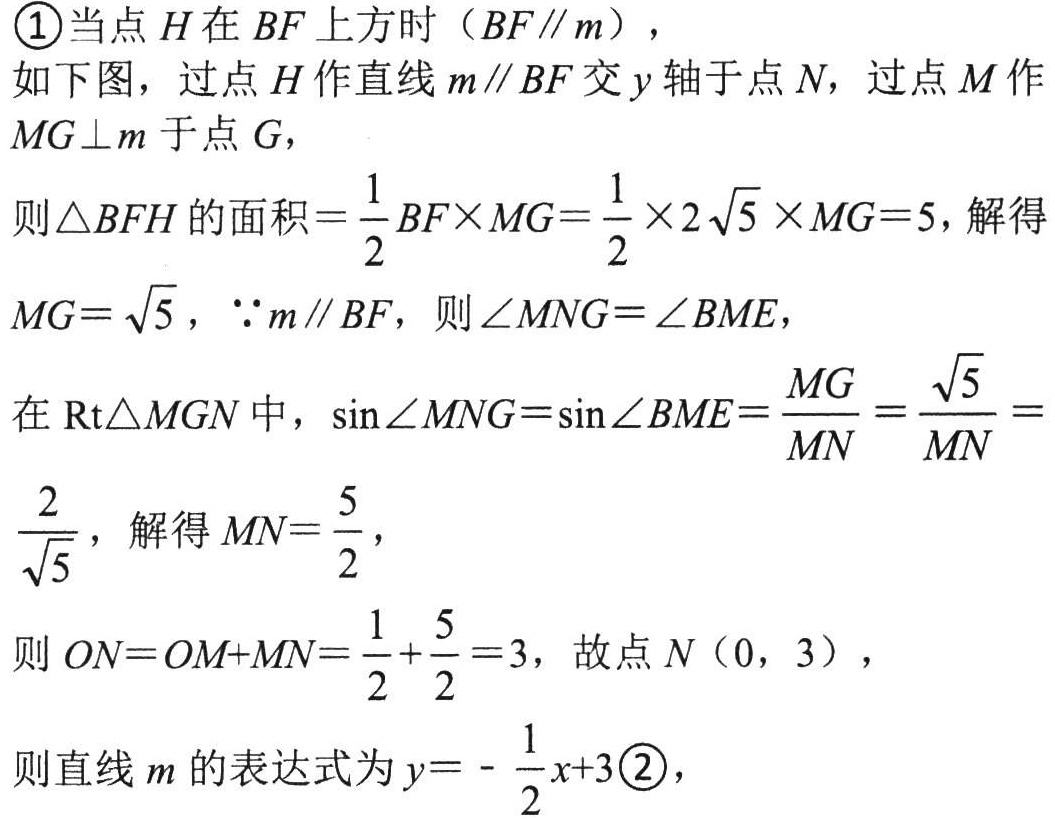
\textcircled{1}当点\(H\)在\(BF\)上方时（\(BF\parallel m\)），

如下图，过点\(H\)作直线\(m\parallel BF\)交\(y\)轴于点\(N\)，过点\(M\)作\(MG\perp m\)于点\(G\)，

则\(\triangle BFH\)的面积\(=\frac{1}{2}BF\times MG=\frac{1}{2}\times 2\sqrt{5} \times MG = 5\)，解得

\(MG = \sqrt{5}\)，\(\because m\parallel BF\)，则\(\angle MNG=\angle BME\)，

在\(Rt\triangle MGN\)中，\(\sin\angle MNG=\sin\angle BME=\frac{MG}{MN}=\frac{\sqrt{5}}{MN}=\)

\(\frac{2}{\sqrt{5}}\)，解得\(MN = \frac{5}{2}\)，

则\(ON = OM + MN=\frac{1}{2}+\frac{5}{2}=3\)，故点\(N(0,3)\)，

则直线\(m\)的表达式为\(y = -\frac{1}{2}x + 3\)\textcircled{2}，